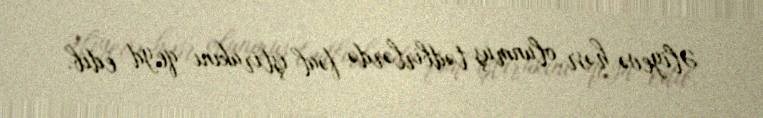
Əliyevə həsr olunmuş tədbirlərdə fəal iştirakını qeyd edib.